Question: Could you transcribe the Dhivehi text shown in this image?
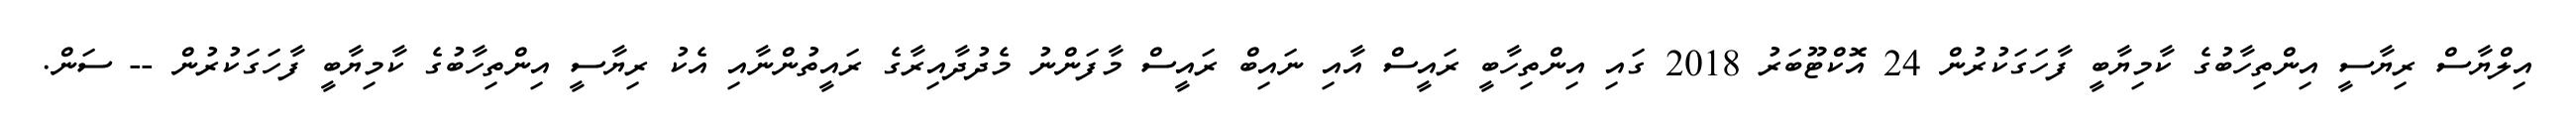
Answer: އިލްޔާސް ރިޔާސީ އިންތިހާބުގެ ކާމިޔާބީ ފާހަގަކުރުން 24 އޮކްޓޫބަރު 2018 ގައި އިންތިހާބީ ރައީސް އާއި ނައިބް ރައީސް މާފަންނު މެދުދާއިރާގެ ރައީތުންނާއި އެކު ރިޔާސީ އިންތިހާބުގެ ކާމިޔާބީ ފާހަގަކުރުން -- ސަން.